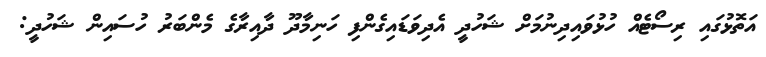
އަތޮޅުގައި ރިސޯޓެއް ހުޅުވައިދިނުމަށް ޝަހުދީ އެދިވަޑައިގެންފި ހަނިމާދޫ ދާއިރާގެ މެންބަރު ހުސައިން ޝަހުދީ: